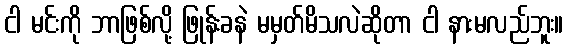
ငါ မင်းကို ဘာဖြစ်လို့ ဖြုန်းခနဲ မမှတ်မိသလဲဆိုတာ ငါ နားမလည်ဘူး။